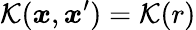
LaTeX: \mathcal{K}(\boldsymbol{x},\boldsymbol{x}^{\prime})=\mathcal{K}(r)